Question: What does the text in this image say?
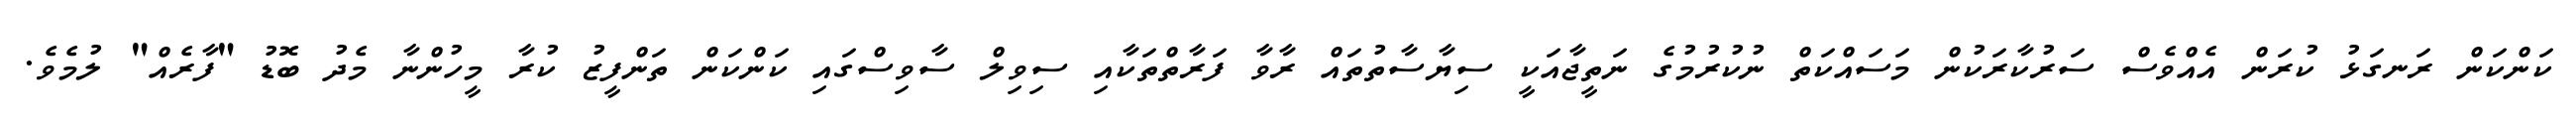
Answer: ކަންކަން ރަނގަޅު ކުރަން އެއްވެސް ސަރުކާރަކުން މަސައްކަތް ނުކުރުމުގެ ނަތީޖާއަކީ ސިޔާސާތުތައް ރާވާ ފަރާތްތަކާއި ސިވިލް ސާވިސްގައި ކަންކަން ތަންފީޒު ކުރާ މީހުންނާ މެދު ބޮޑު "ފާރެއް" ލުމެވެ.